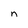
Character: n